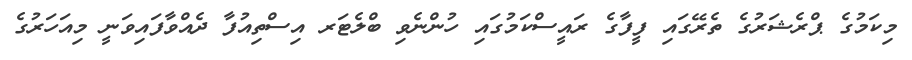
މިކަމުގެ ޕްރެޝަރުގެ ތެރޭގައި ފީފާގެ ރައީސްކަމުގައި ހުންނެވި ބްލެޓަރ އިސްތިއުފާ ދެއްވާފައިވަނީ މިއަހަރުގެ